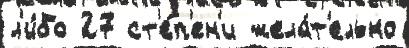
л'и́бо 27 ст'е́п'ен'и жела́т'ельно